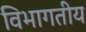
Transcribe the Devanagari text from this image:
विभागतीय